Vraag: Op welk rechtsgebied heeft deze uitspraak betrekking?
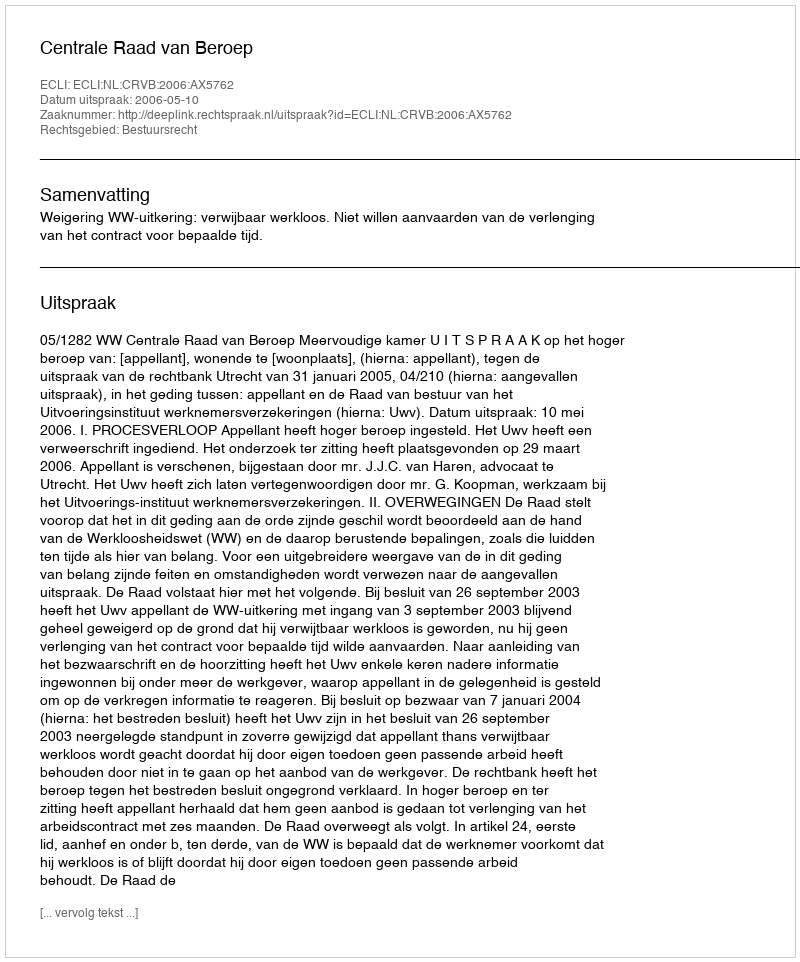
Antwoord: Bestuursrecht